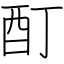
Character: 酊